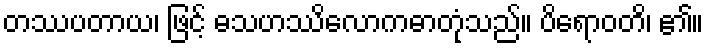
တဿပတာယ၊ ဖြင့် ဓသဟဿိလောကဓာတုံသည်။ ပိရောဝတိ၊ ၏။